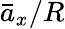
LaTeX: \bar{a}_{x}/R